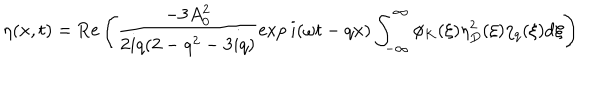
LaTeX: \eta ( x , t ) = \mathrm { R e } \left( \frac { - 3 A _ { 0 } ^ { 2 } } { 2 i q ( 2 - q ^ { 2 } - 3 i q ) } \exp i ( \omega t - q x ) \int _ { - \infty } ^ { \infty } \phi _ { K } ( \xi ) \eta _ { D } ^ { 2 } ( \xi ) \eta _ { q } ( \xi ) \mathrm { d } \xi \right)